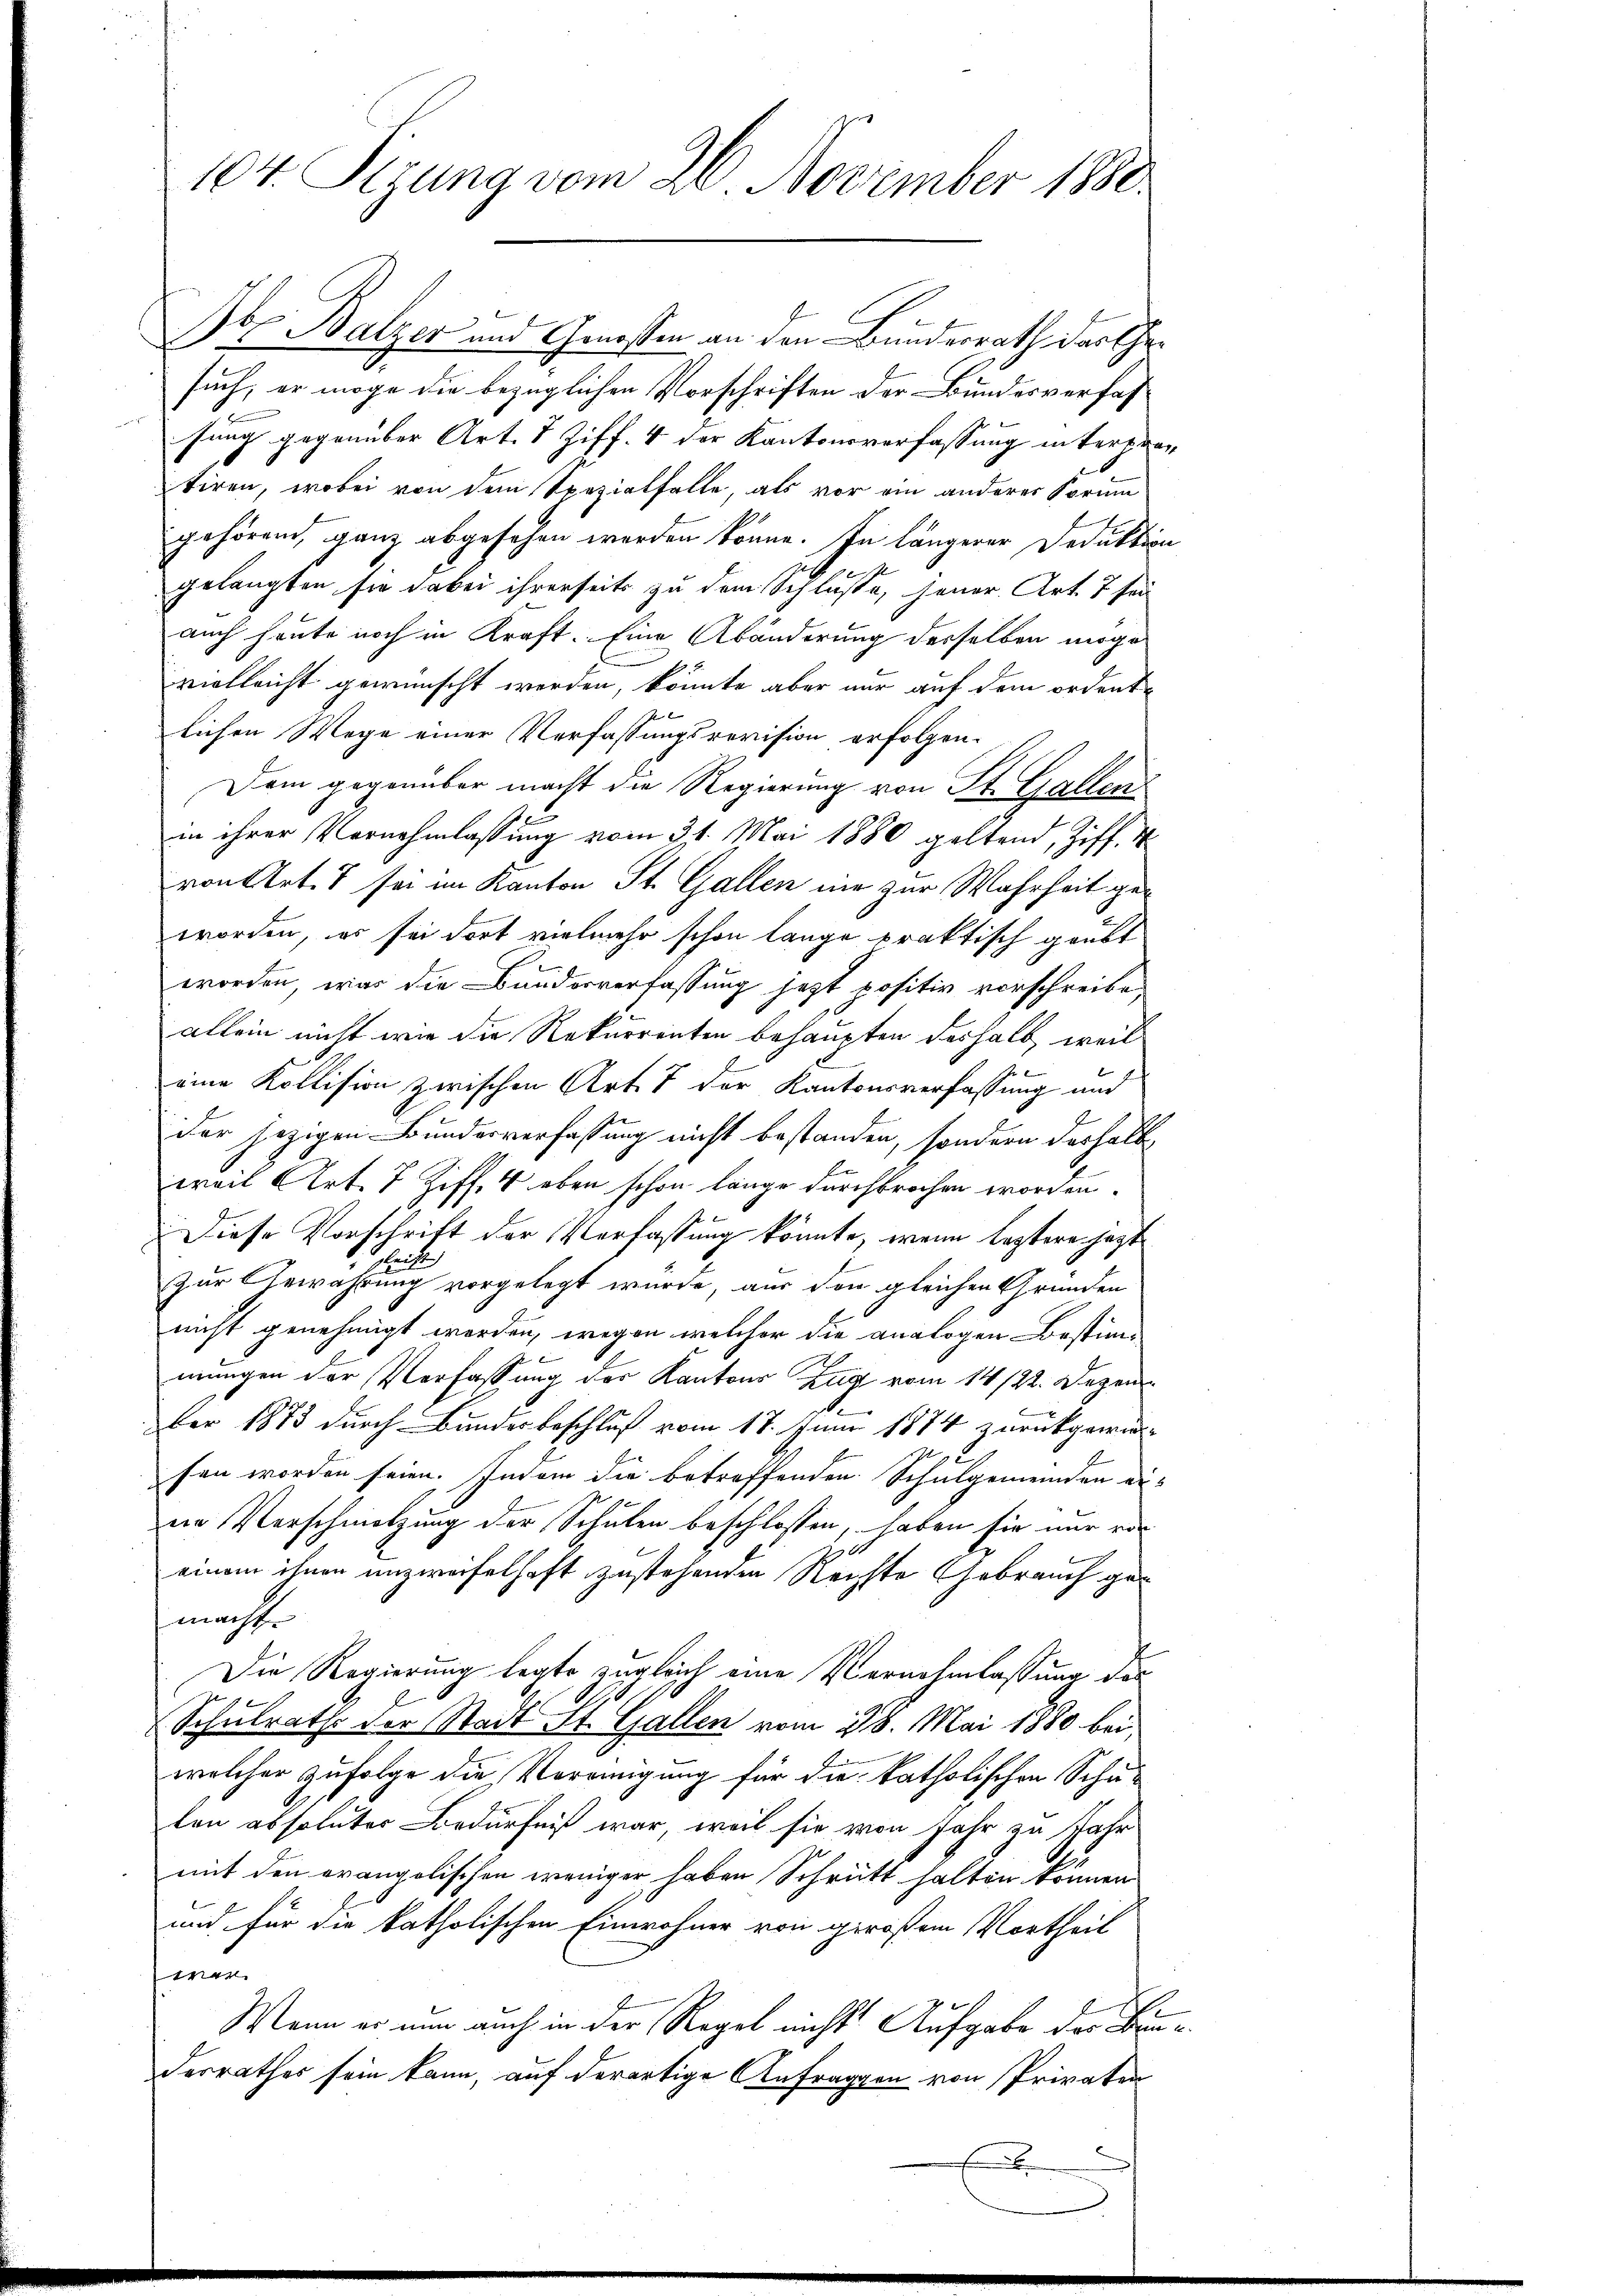
104. Sizung vom 26. November 1880.

Jb. Balzer und Genossen an den Bundesrath das Gesuch, er möge die bezüglichen Vorschriften der Bundesverfassung gegenüber Art. I Ziff. 4 der Kantonsverfassung interhäng
tiren, wobei von dem Spezialfalle, als vor ein anderer Forme
gehören, ganz abgesehen werden könne. In längerer Deduktion
gelangten sie dabei ihrerseits zu dem Schlüsse, jener Art. 7 fei
auch heute noch in Kraft. Eine Abänderung desselben mögen
vielleicht gewünscht werden, könnte aber nur auf dem ordentlichen Wege einer Verfassungsrevision erfolgen-
Dem gegenüber macht die Regierung von St. Gallen
in ihrer Vornehmlassung vom 31. Mai 1880 geltend, Ziff. V
von Art. 7 sei im Kanton St. Gallen nie zur Wahrheit geworden, er sei dort vielmehr schon lange praktisch geübt
worden, was die Bunderverfassung jetzt positiv vorschreibe,
allein nicht wie die Rekurrenten behaupten deshalb, weil
eine Kollision zwischen Art. 7 der Kantonsverfassung und
Der jezigen Bundesverfassung nicht bestanden, sondern deshalb
weil Art. 7 Ziff. 4 eben schon länge durchbrochen worden.
Diese Vorschrift der Verfassung könnte, wenn leztere jezt
6
zur Gewährung vorgelegt wurde, aus den gleichen Gründen
nicht genehmigt werden, wegen welcher die analogen Bestimm
mungen der Verfassung der Kantons Zug vom 14/22. Dezember 1873 durch Bundesbeschluß vom 18. Juni 1874 zurückgewie-
fen worden seien. Indem die betreffenden Schulgemeinden er-
ein Verschmelzung der Schulen beschlossen, haben sie nur vor
10.
einem ihnen unzweifelhaft zustehenden Rechte Gebrauch gemacht.
Die Regierung legte zugleich eine Vernehmlassung des
l
Schulraths der Stadt St. Gallen vom 28. Mai 1880 bei
welcher zufolge die Vereinigung für die katholischen Schulen absoluter Bedürfniß war, weil sie von Jahr zu Jahr
mit den evangolischen weniger haben Schritt halten können
und für die katholischen Einwohner von großem Vortheil
wen
Wenn er nun auch in der Regel nichts Aufgabe der Bau¬
Ferrathes sein kann, auf derartige Anfragen von Privaten
E